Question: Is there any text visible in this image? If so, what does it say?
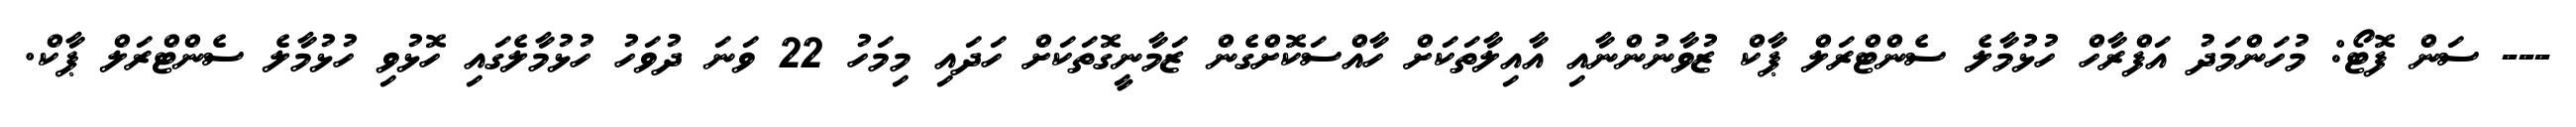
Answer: --- ސަން ފޮޓޯ: މުހަންމަދު އަފްރާހް ހުޅުމާލެ ސެންޓްރަލް ޕާކް ޒުވާނުންނާއި އާއިލާތަކަށް ހާއްސަކޮށްގެން ޒަމާނީގޮތަކަށް ހަދައި މިމަހު 22 ވަނަ ދުވަހު ހުޅުމާލެގައި ހޮޅުވި ހުޅުމާލެ ސެންޓްރަލް ޕާކް.